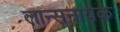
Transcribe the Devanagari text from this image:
लान्सनायक